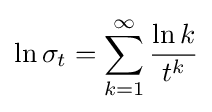
\ln \sigma _{t}=\sum _{k=1}^{\infty }{\frac {\ln k}{t^{k}}}